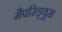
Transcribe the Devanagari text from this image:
मैपरिड्युस